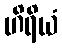
ဟိရိယံ